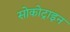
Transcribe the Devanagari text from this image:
सोकोट्राइन